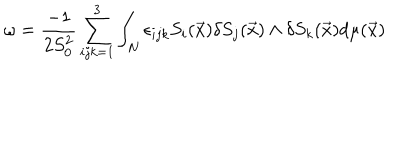
\omega = \frac { - 1 } { 2 S _ { 0 } ^ { 2 } } \sum _ { i j k = 1 } ^ { 3 } \int _ { N } \epsilon _ { i j k } S _ { i } ( \vec { x } ) \delta S _ { j } ( \vec { x } ) \wedge \delta S _ { k } ( \vec { x } ) d \mu ( \vec { x } )